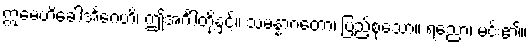
ဣမေဟိခေါအင်္ဂေဟိ၊ ဤအင်္ဂါတို့နှင့်။ သမန္နာဂတော၊ ပြည့်စုံသော။ ရညော၊ မင်း၏။